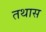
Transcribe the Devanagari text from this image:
तथास